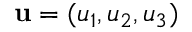
\mathbf { u } = ( u _ { 1 } , u _ { 2 } , u _ { 3 } )